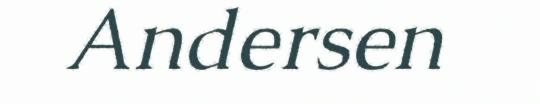
Andersen